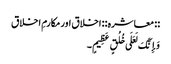
:: معاشره :: اخلاق اور مکارمِ اخلاق
وَإِنَّکَ لَعَلَی خُلُقٍ عَظِیمٍ۔